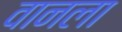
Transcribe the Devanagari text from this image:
वानला